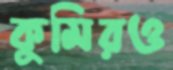
কুমিরও